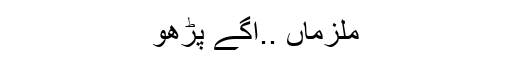
ملزماں ..اگے پڑھو